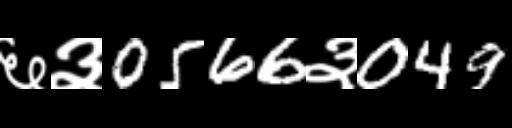
Text: ६३0566३049